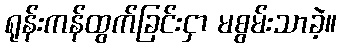
ရုန်းကန်ထွက်ခြင်းငှာ မစွမ်းသာခဲ့။